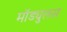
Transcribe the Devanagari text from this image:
मॉड्युलस